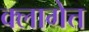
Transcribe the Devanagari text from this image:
क्लागेत्त